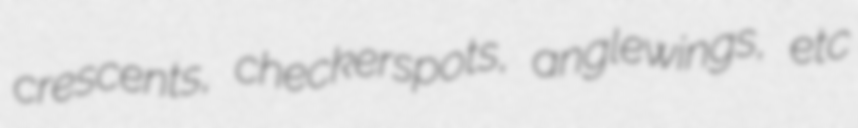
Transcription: crescents, checkerspots, anglewings, etc